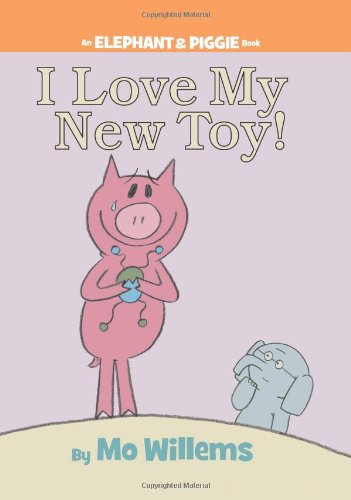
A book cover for I Love My New Toy! (An Elephant and Piggie Book); Mo Willems; Children's Books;